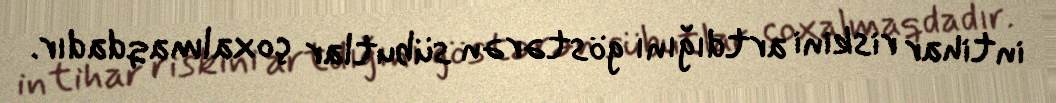
intihar riskini artdığını göstərən sübutlar çoxalmaqdadır.